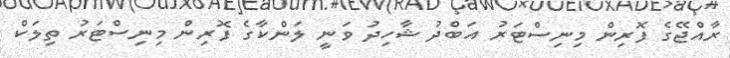
ރާއްޖޭގެ ފޮރިން މިނިސްޓަރު އަބްދު ޝާހިދު ވަނީ ލަންކާގެ ފޮރިން މިނިސްޓަރު ތިލަކް